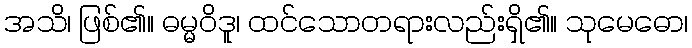
အသိ၊ ဖြစ်၏။ ဓမ္မဝိဒူ၊ ထင်သောတရားလည်းရှိ၏။ သုမေဓော၊